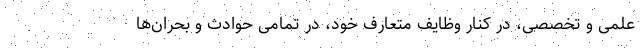
علمی و تخصصی، در کنار وظایف متعارف خود، در تمامی حوادث و بحران‌ها